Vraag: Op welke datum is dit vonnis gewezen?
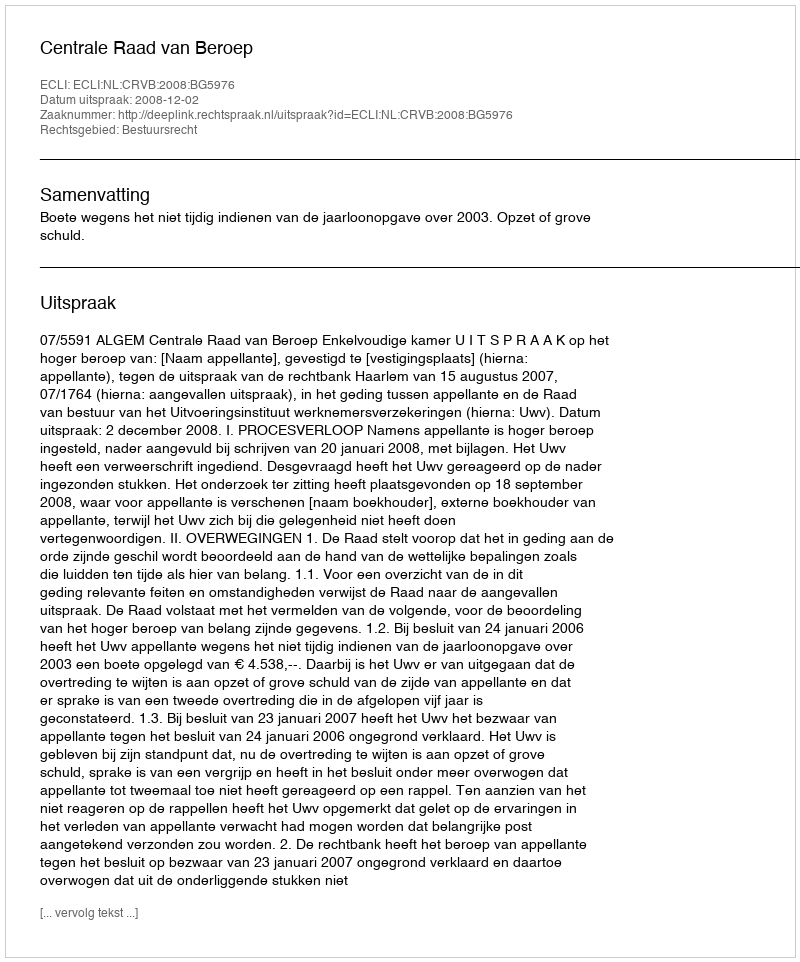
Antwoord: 2008-12-02